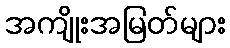
အကျိုးအမြတ်များ